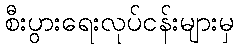
စီးပွားရေးလုပ်ငန်းများမှ